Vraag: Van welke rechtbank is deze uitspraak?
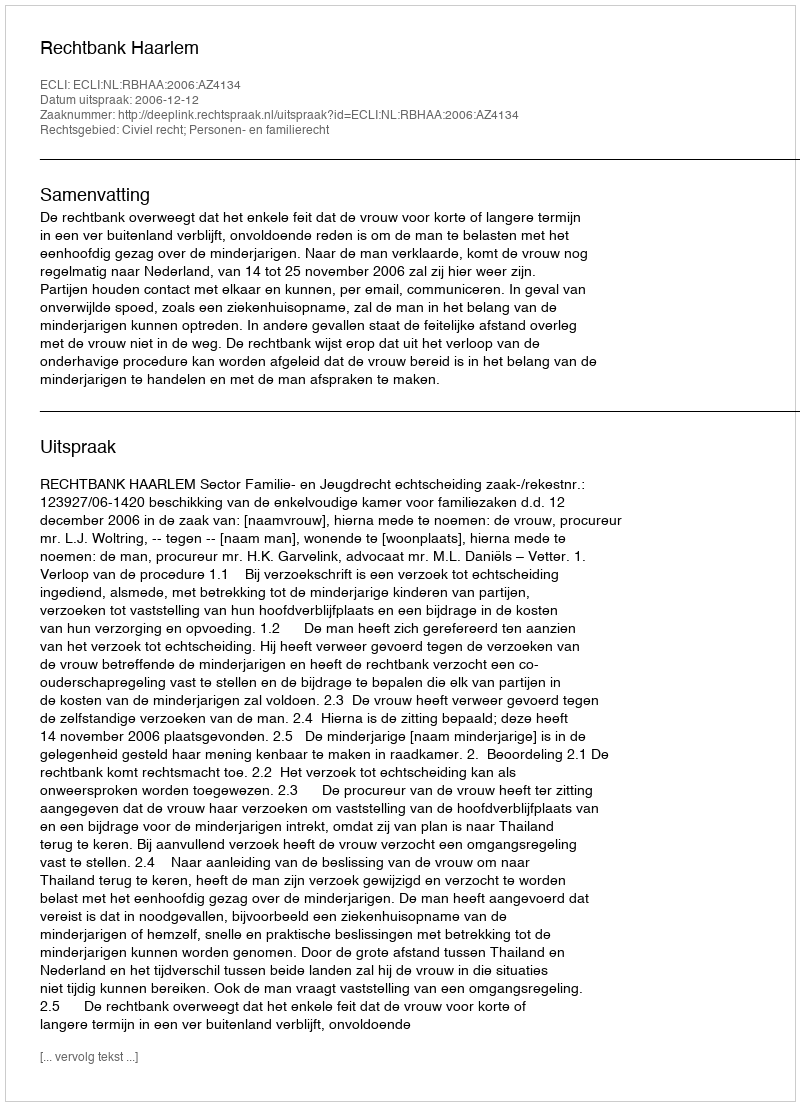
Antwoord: Rechtbank Haarlem